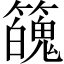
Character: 𥶱